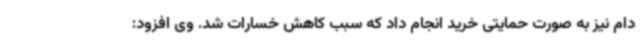
دام نیز به صورت حمایتی خرید انجام داد که سبب کاهش خسارات شد. وی افزود: